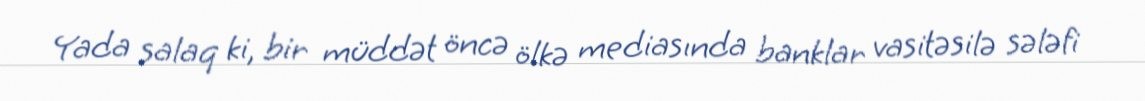
Yada salaq ki, bir müddət öncə ölkə mediasında banklar vasitəsilə sələfi